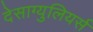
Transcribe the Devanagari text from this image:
देसाग्युलियर्स